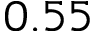
0 . 5 5